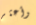
وأعثر